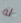
له